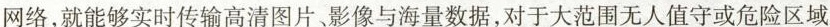
网络，就能够实时传输高清图片。影像与海量数据，对于大范围无人值守或危险区域